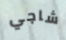
شاجي